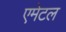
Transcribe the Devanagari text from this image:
एमेटल